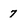
Character: 7